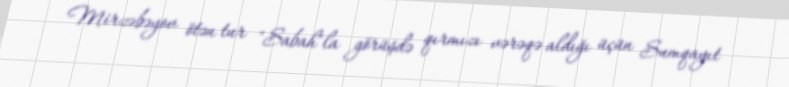
Mirzəbəyov ötən tur "Sabah"la görüşdə qırmızı vərəqə aldığı üçün Sumqayıt